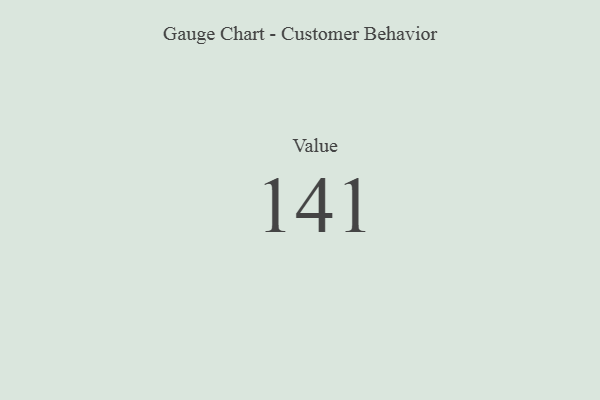
{"axis": {"x": "Metric", "y": "Value"}, "legend": [""], "data": [{"x": "Value", "y": 141, "type": ""}]}